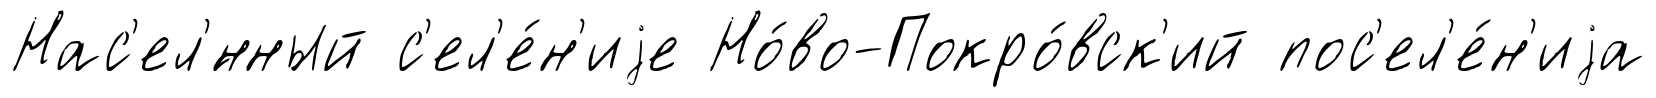
Нас'ел'́нный с'ел'е́н'иjе Но́во-Покро́вск'ий пос'ел'е́н'иjа